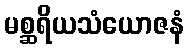
မစ္ဆရိယသံယောဇနံ